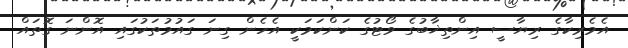
އެމެރިކާގެ ރިޔާސީ އިންތިޚާބުގެ ވޯޓުގެ ކަންކަމަކީ އެހެން ގިނަ ގައުމުތަކުގައި އޮންނަ ގޮތައް